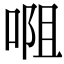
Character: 唨